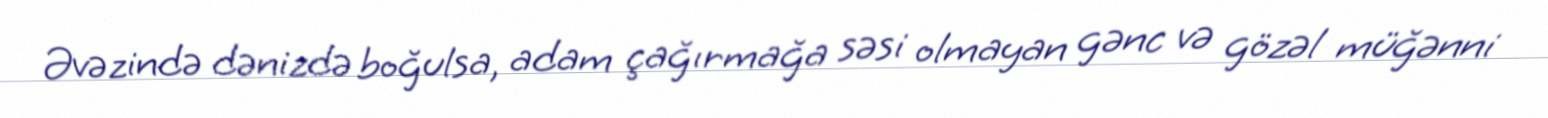
Əvəzində dənizdə boğulsa, adam çağırmağa səsi olmayan gənc və gözəl müğənni